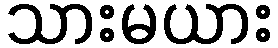
သားမယား